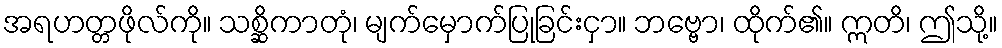
အရဟတ္တဖိုလ်ကို။ သစ္ဆိကာတုံ၊ မျက်မှောက်ပြုခြင်းငှာ။ ဘဗ္ဗော၊ ထိုက်၏။ ဣတိ၊ ဤသို့။